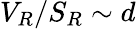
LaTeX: V_{R}/S_{R}\sim d